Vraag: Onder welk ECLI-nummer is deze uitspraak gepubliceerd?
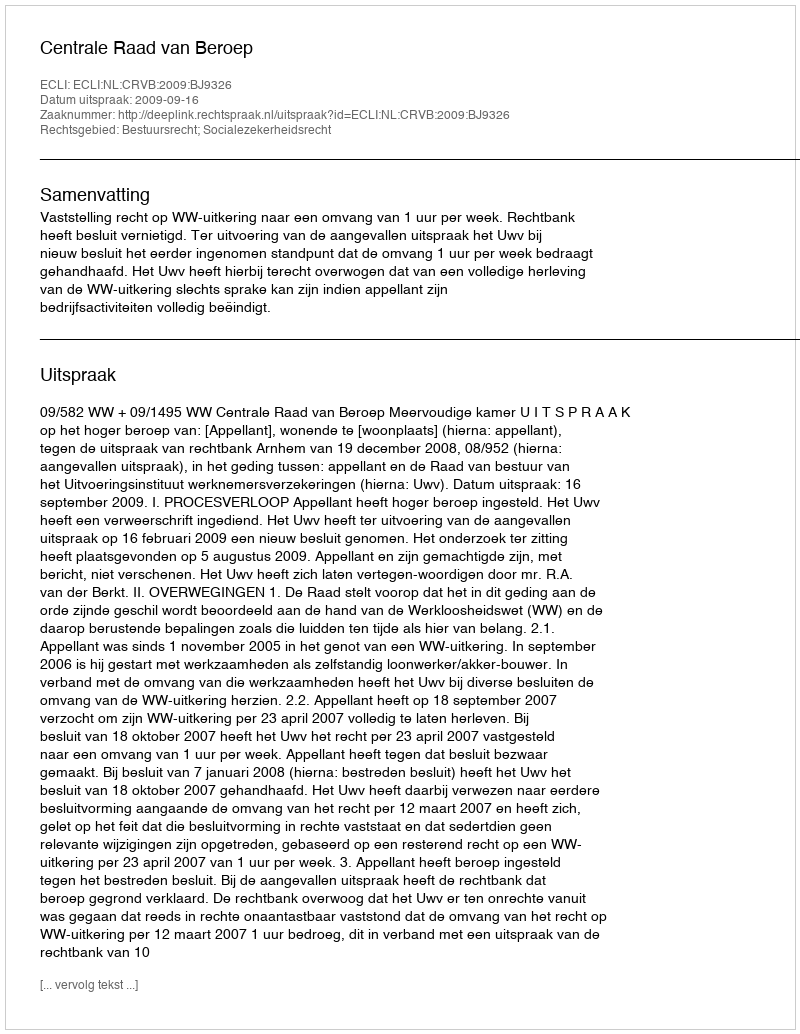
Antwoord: ECLI:NL:CRVB:2009:BJ9326